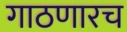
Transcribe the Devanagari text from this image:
गाठणारच